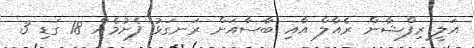
އަލީ ރިފްޝާން ރެއާލް އާއި ބާސާއަށް ރަނގަޅު ފެށުމެއް 18 ގަޑި 3